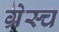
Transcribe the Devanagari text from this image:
ग्रेस्च